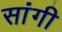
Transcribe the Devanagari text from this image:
सांगी